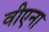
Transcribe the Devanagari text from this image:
वीएना